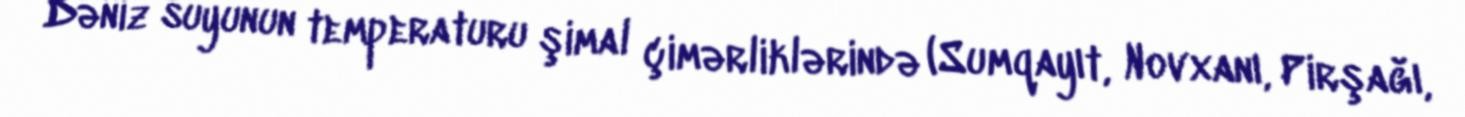
Dəniz suyunun temperaturu şimal çimərliklərində (Sumqayıt, Novxanı, Pirşağı,